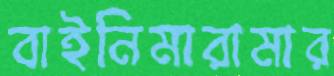
বাইনিমারামার